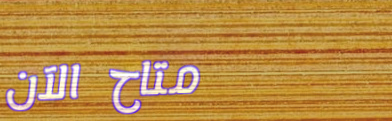
متاح الآن